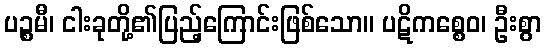
ပဉ္စမီ၊ ငါးခုတို့၏ပြည့်ကြောင်းဖြစ်သော။ ပဋိကစ္စေဝ၊ ဦးစွာ